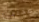
مختبئ